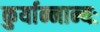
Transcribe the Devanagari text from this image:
कुर्यान्नान्यः